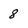
Character: 8